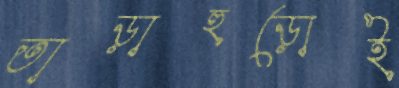
তাড়াহুড়োই